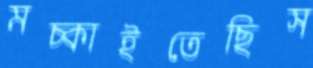
মচ্‌কাইতেছিস